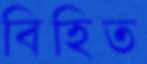
বিহিত